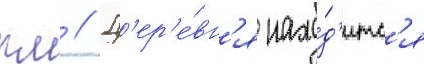
км // Д'ер'е́вн'я нахо́д'итс'я